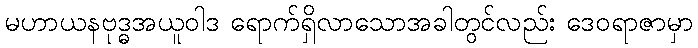
မဟာယနဗုဒ္ဓအယူဝါဒ ရောက်ရှိလာသောအခါတွင်လည်း ဒေဝရာဇာမှာ